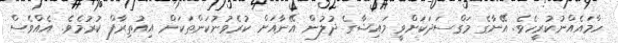
ހާމައެއްނުކުރީހެވެ. އޭނާގެ މަގްސަދަކަށްވީ މައިޝާގެ ދުލުން އޭނާއަށް ކުރެވުނުކަންތަކަށް އިއުތިރާފް ކުރުމެވެ. އެއްވެސް